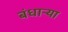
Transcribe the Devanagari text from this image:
बंधाऱ्या